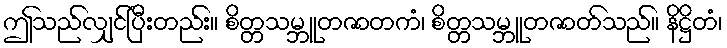
ဤသည်လျှင်ပြီးတည်း။ စိတ္တသမ္ဘူတဇာတကံ၊ စိတ္တသမ္ဘူတဇာတ်သည်။ နိဋ္ဌိတံ၊